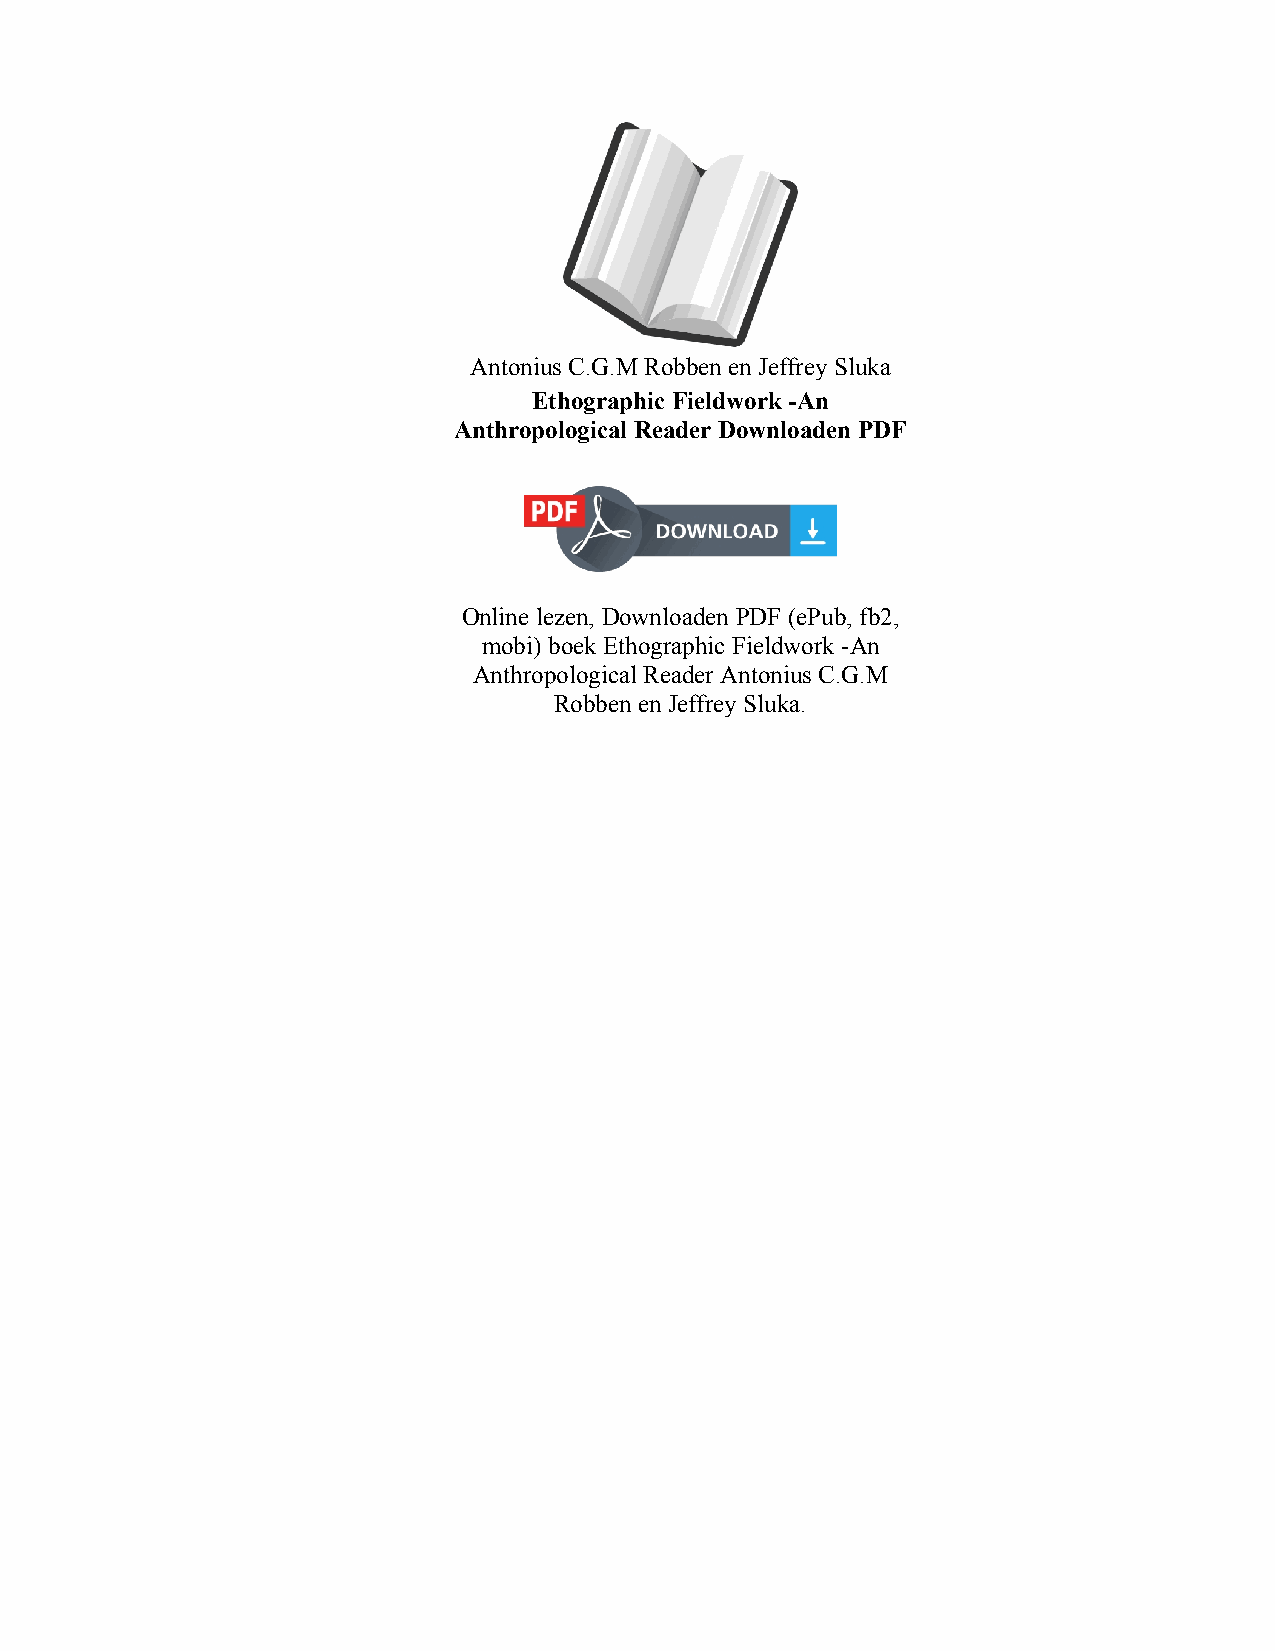
Antonius C.G.M Robben en Jeffrey Sluka
 Ethographic Fieldwork -An
 Anthropological Reader Downloaden PDF
 Online lezen, Downloaden PDF (ePub, fb2,
 mobi) boek Ethographic Fieldwork -An
 Anthropological Reader Antonius C.G.M
 Robben en Jeffrey Sluka.